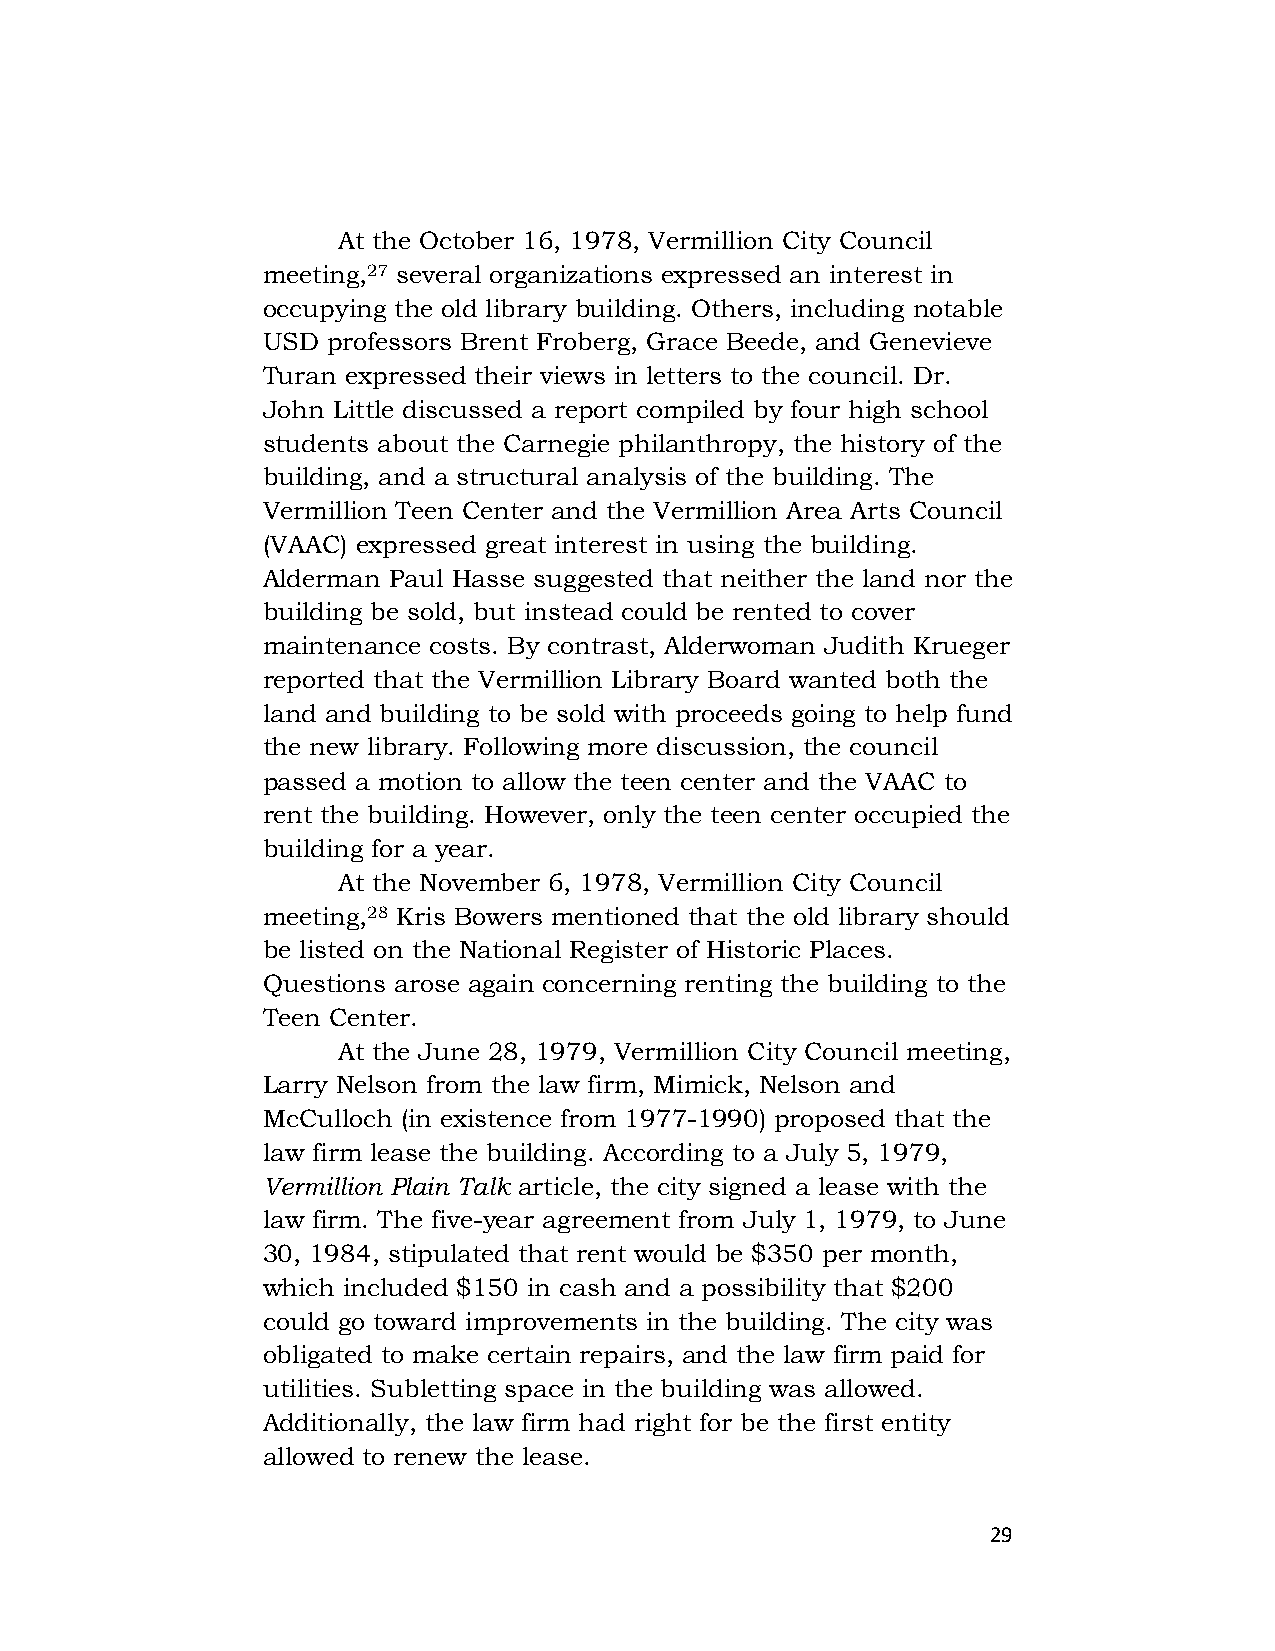
At the October 16, 1978, Vermillion City Council
 meeting,27 several organizations expressed an interest in
 occupying the old library building. Others, including notable
 USD  professors Brent Froberg, Grace Beede, and Genevieve
 Turan expressed their views in letters to the council. Dr.
 John Little discussed a report compiled by four high school
 students about the Carnegie philanthropy, the history of the
 building, and a structural analysis of the building. The
 Vermillion Teen Center and the Vermillion Area Arts Council
 (VAAC) expressed great interest in using the building.
 Alderman Paul Hasse suggested that neither the land nor the
 building be sold, but instead could be rented to cover
 maintenance costs. By contrast, Alderwoman Judith Krueger
 reported that the Vermillion Library Board wanted both the
 land and building to be sold with proceeds going to help fund
 the new library. Following more discussion, the council
 passed a motion to allow the teen center and the VAAC to
 rent the building. However, only the teen center occupied the
 building for a year.
 At the November 6, 1978, Vermillion City Council
 meeting,28 Kris Bowers mentioned that the old library should
 be listed on the National Register of Historic Places.
 Questions arose again concerning renting the building to the
 Teen Center.
 At the June 28, 1979, Vermillion City Council meeting,
 Larry Nelson from the law firm, Mimick, Nelson and
 McCulloch (in existence from 1977-1990) proposed that the
 law firm lease the building. According to a July 5, 1979,
 Vermillion Plain Talk article, the city signed a lease with the
 law firm. The five-year agreement from July 1, 1979, to June
 30, 1984, stipulated that rent would be $350 per month,
 which included $150 in cash and a possibility that $200
 could go toward improvements in the building. The city was
 obligated to make certain repairs, and the law firm paid for
 utilities. Subletting space in the building was allowed.
 Additionally, the law firm had right for be the first entity
 allowed to renew the lease.
 29